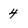
Character: 4